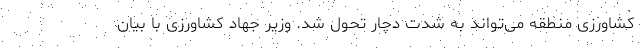
کشاورزی منطقه می‌تواند به شدت دچار تحول شد. وزیر جهاد کشاورزی با بیان